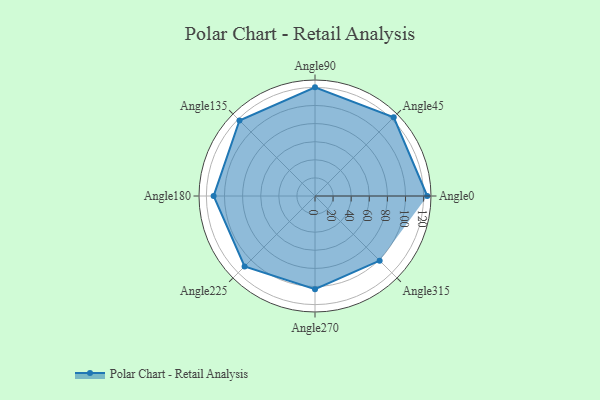
{"axis": {"x": "Angle", "y": "Radius"}, "legend": [""], "data": [{"x": "Angle0", "y": 124.0, "type": ""}, {"x": "Angle45", "y": 123.0, "type": ""}, {"x": "Angle90", "y": 120.0, "type": ""}, {"x": "Angle135", "y": 118.0, "type": ""}, {"x": "Angle180", "y": 112.0, "type": ""}, {"x": "Angle225", "y": 110.0, "type": ""}, {"x": "Angle270", "y": 103.0, "type": ""}, {"x": "Angle315", "y": 101.0, "type": ""}]}